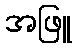
အဖြူ